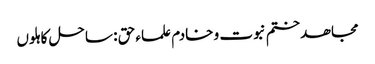
مجاھد ختم نبوت و خادم علماء حق : ساحل کاہلوں